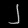
Digit: ၂